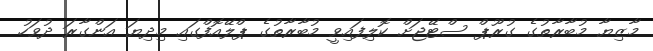
މާޒިޔާ މުބާރާތުގެ ގުރޫޕް ސްޓޭޖަށް ކޮލިފައިވީ މުބާރާތުގެ ޕްލޭއޮފްގައި މިދިޔަ އަންގާރަ ދުވަހު